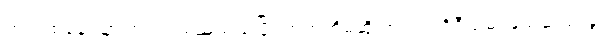
တရွာထဲနေ ညာဏ်ဝင်း မည်သည့်ပြိုင်ဘက်ကိုမဆို အယ်လဂိုရီသမ် ဖြည့်ဆည်းခွင့်